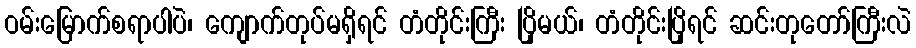
ဝမ်းမြောက်စရာပါပဲ၊ ကျောက်တုပ်မရှိရင် တံတိုင်းကြီး ပြိုမယ်၊ တံတိုင်းပြိုရင် ဆင်းတုတော်ကြီးလဲ